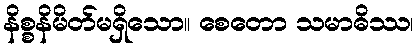
နိစ္စနိမိတ်မရှိသော။ စေတော သမာဓိဿ၊